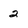
Character: 2